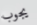
يجوب